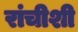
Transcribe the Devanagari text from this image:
रांचीशी